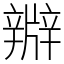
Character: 㸤